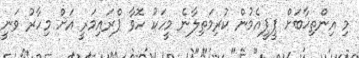
މި އިންތިޚާބަށް ޕީޕީއެމުން ކުރިމަތިލާނެ މީހަކު ހޮވާ ޕްރައިމަރީ އަށް މިހާރު ވަނީ